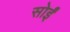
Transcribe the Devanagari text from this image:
सोईं